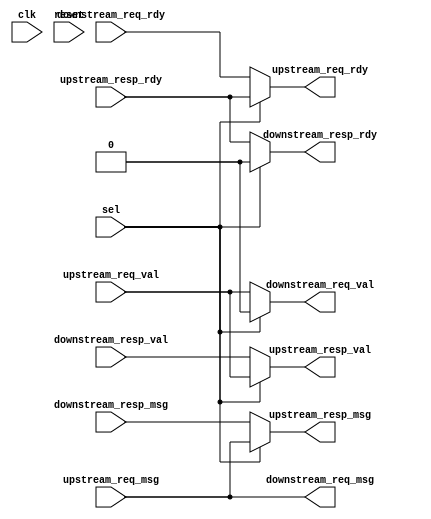
   //-------------------------------------------------------------------------
// grp_17_SPI_TapeOutBlockRTL_32bits_5entries.v
//-------------------------------------------------------------------------
// This file is generated by PyMTL SystemVerilog translation pass.

// PyMTL VerilogPlaceholder SPI_TapeOutBlockVRTL_sv2v Definition
// Full name: SPI_TapeOutBlockVRTL_sv2v_noparam
// At /home/cb535/vc/git-hub/cornell-ece5745/project-group17/sim/tapeout/SPI_TapeOutBlockRTL.py

//***********************************************************
// Pickled source file of placeholder SPI_TapeOutBlockVRTL_sv2v_noparam
//***********************************************************

//-----------------------------------------------------------
// Dependency of placeholder SPI_TapeOutBlockVRTL_sv2v
//-----------------------------------------------------------

// The source code below are included because they are specified
// as the v_libs Verilog placeholder option of component SPI_TapeOutBlockVRTL_sv2v_noparam.

// If you get a duplicated def error from files included below, please
// make sure they are included either through the v_libs option or the
// explicit `include statement in the Verilog source code -- if they
// appear in both then they will be included twice!


// End of all v_libs files for component SPI_TapeOutBlockVRTL_sv2v_noparam

`line 1 "tapeout/SPI_TapeOutBlockVRTL_sv2v.v" 0
module grp_17_SPI_v3_components_LoopThroughVRTL (
	clk,
	reset,
	sel,
	upstream_req_val,
	upstream_req_msg,
	upstream_req_rdy,
	upstream_resp_val,
	upstream_resp_msg,
	upstream_resp_rdy,
	downstream_req_val,
	downstream_req_msg,
	downstream_req_rdy,
	downstream_resp_val,
	downstream_resp_msg,
	downstream_resp_rdy
);
	parameter nbits = 32;
	input wire clk;
	input wire reset;
	input wire sel;
	input wire upstream_req_val;
	input wire [nbits - 1:0] upstream_req_msg;
	output wire upstream_req_rdy;
	output wire upstream_resp_val;
	output wire [nbits - 1:0] upstream_resp_msg;
	input wire upstream_resp_rdy;
	output wire downstream_req_val;
	output wire [nbits - 1:0] downstream_req_msg;
	input wire downstream_req_rdy;
	input wire downstream_resp_val;
	input wire [nbits - 1:0] downstream_resp_msg;
	output wire downstream_resp_rdy;
	assign upstream_resp_val = (sel ? upstream_req_val : downstream_resp_val);
	assign upstream_resp_msg = (sel ? upstream_req_msg : downstream_resp_msg);
	assign downstream_req_val = (sel ? 0 : upstream_req_val);
	assign downstream_req_msg = upstream_req_msg;
	assign upstream_req_rdy = (sel ? upstream_resp_rdy : downstream_req_rdy);
	assign downstream_resp_rdy = (sel ? 0 : upstream_resp_rdy);
endmodule
module grp_17_ShiftReg (
	clk,
	in_,
	load_data,
	load_en,
	out,
	reset,
	shift_en
);
	parameter nbits = 8;
	input wire clk;
	input wire in_;
	input wire [nbits - 1:0] load_data;
	input wire load_en;
	output reg [nbits - 1:0] out;
	input wire reset;
	input wire shift_en;
	always @(posedge clk)
		if (reset)
			out <= {nbits {1'b0}};
		else if (load_en)
			out <= load_data;
		else if (~load_en & shift_en)
			out <= {out[nbits - 2:0], in_};
endmodule
module grp_17_Synchronizer (
	clk,
	in_,
	negedge_,
	out,
	posedge_,
	reset
);
	parameter reset_value = 1'b0;
	input wire clk;
	input wire in_;
	output reg negedge_;
	output wire out;
	output reg posedge_;
	input wire reset;
	reg [2:0] shreg;
	always @(*) begin
		negedge_ = shreg[2] & ~shreg[1];
		posedge_ = ~shreg[2] & shreg[1];
	end
	always @(posedge clk)
		if (reset)
			shreg <= {3 {reset_value}};
		else
			shreg <= {shreg[1:0], in_};
	assign out = shreg[1];
endmodule
module grp_17_SPI_v3_components_SPIMinionVRTL (
	clk,
	cs,
	miso,
	mosi,
	reset,
	sclk,
	pull_en,
	pull_msg,
	push_en,
	push_msg,
	parity
);
	parameter nbits = 8;
	input wire clk;
	input wire cs;
	output wire miso;
	input wire mosi;
	input wire reset;
	input wire sclk;
	output wire pull_en;
	input wire [nbits - 1:0] pull_msg;
	output wire push_en;
	output wire [nbits - 1:0] push_msg;
	output wire parity;
	wire cs_sync_clk;
	wire cs_sync_in_;
	wire cs_sync_negedge_;
	wire cs_sync_out;
	wire cs_sync_posedge_;
	wire cs_sync_reset;
	grp_17_Synchronizer #(.reset_value(1'b1)) cs_sync(
		.clk(cs_sync_clk),
		.in_(cs_sync_in_),
		.negedge_(cs_sync_negedge_),
		.out(cs_sync_out),
		.posedge_(cs_sync_posedge_),
		.reset(cs_sync_reset)
	);
	wire mosi_sync_clk;
	wire mosi_sync_in_;
	wire mosi_sync_negedge_;
	wire mosi_sync_out;
	wire mosi_sync_posedge_;
	wire mosi_sync_reset;
	grp_17_Synchronizer #(.reset_value(1'b0)) mosi_sync(
		.clk(mosi_sync_clk),
		.in_(mosi_sync_in_),
		.negedge_(mosi_sync_negedge_),
		.out(mosi_sync_out),
		.posedge_(mosi_sync_posedge_),
		.reset(mosi_sync_reset)
	);
	wire sclk_sync_clk;
	wire sclk_sync_in_;
	wire sclk_sync_negedge_;
	wire sclk_sync_out;
	wire sclk_sync_posedge_;
	wire sclk_sync_reset;
	grp_17_Synchronizer #(.reset_value(1'b0)) sclk_sync(
		.clk(sclk_sync_clk),
		.in_(sclk_sync_in_),
		.negedge_(sclk_sync_negedge_),
		.out(sclk_sync_out),
		.posedge_(sclk_sync_posedge_),
		.reset(sclk_sync_reset)
	);
	wire shreg_in_clk;
	wire shreg_in_in_;
	wire [nbits - 1:0] shreg_in_load_data;
	wire shreg_in_load_en;
	wire [nbits - 1:0] shreg_in_out;
	wire shreg_in_reset;
	reg shreg_in_shift_en;
	grp_17_ShiftReg #(.nbits(nbits)) shreg_in(
		.clk(shreg_in_clk),
		.in_(shreg_in_in_),
		.load_data(shreg_in_load_data),
		.load_en(shreg_in_load_en),
		.out(shreg_in_out),
		.reset(shreg_in_reset),
		.shift_en(shreg_in_shift_en)
	);
	wire shreg_out_clk;
	wire shreg_out_in_;
	wire [nbits - 1:0] shreg_out_load_data;
	wire shreg_out_load_en;
	wire [nbits - 1:0] shreg_out_out;
	wire shreg_out_reset;
	reg shreg_out_shift_en;
	grp_17_ShiftReg #(.nbits(nbits)) shreg_out(
		.clk(shreg_out_clk),
		.in_(shreg_out_in_),
		.load_data(shreg_out_load_data),
		.load_en(shreg_out_load_en),
		.out(shreg_out_out),
		.reset(shreg_out_reset),
		.shift_en(shreg_out_shift_en)
	);
	always @(*) begin
		shreg_in_shift_en = ~cs_sync_out & sclk_sync_posedge_;
		shreg_out_shift_en = ~cs_sync_out & sclk_sync_negedge_;
	end
	assign cs_sync_clk = clk;
	assign cs_sync_reset = reset;
	assign cs_sync_in_ = cs;
	assign sclk_sync_clk = clk;
	assign sclk_sync_reset = reset;
	assign sclk_sync_in_ = sclk;
	assign mosi_sync_clk = clk;
	assign mosi_sync_reset = reset;
	assign mosi_sync_in_ = mosi;
	assign shreg_in_clk = clk;
	assign shreg_in_reset = reset;
	assign shreg_in_in_ = mosi_sync_out;
	assign shreg_in_load_en = 1'b0;
	assign shreg_in_load_data = {nbits {1'b0}};
	assign shreg_out_clk = clk;
	assign shreg_out_reset = reset;
	assign shreg_out_in_ = 1'b0;
	assign shreg_out_load_en = pull_en;
	assign shreg_out_load_data = pull_msg;
	assign miso = shreg_out_out[nbits - 1];
	assign pull_en = cs_sync_negedge_;
	assign push_en = cs_sync_posedge_;
	assign push_msg = shreg_in_out;
	assign parity = ^push_msg[nbits - 3:0] & push_en;
endmodule
module grp_17_vc_Reg (
	clk,
	q,
	d
);
	parameter p_nbits = 1;
	input wire clk;
	output reg [p_nbits - 1:0] q;
	input wire [p_nbits - 1:0] d;
	always @(posedge clk) q <= d;
endmodule
module grp_17_vc_ResetReg (
	clk,
	reset,
	q,
	d
);
	parameter p_nbits = 1;
	parameter p_reset_value = 0;
	input wire clk;
	input wire reset;
	output reg [p_nbits - 1:0] q;
	input wire [p_nbits - 1:0] d;
	always @(posedge clk) q <= (reset ? p_reset_value : d);
endmodule
module grp_17_vc_EnReg (
	clk,
	reset,
	q,
	d,
	en
);
	parameter p_nbits = 1;
	input wire clk;
	input wire reset;
	output reg [p_nbits - 1:0] q;
	input wire [p_nbits - 1:0] d;
	input wire en;
	always @(posedge clk)
		if (en)
			q <= d;
endmodule
module grp_17_vc_EnResetReg (
	clk,
	reset,
	q,
	d,
	en
);
	parameter p_nbits = 1;
	parameter p_reset_value = 0;
	input wire clk;
	input wire reset;
	output reg [p_nbits - 1:0] q;
	input wire [p_nbits - 1:0] d;
	input wire en;
	always @(posedge clk)
		if (reset || en)
			q <= (reset ? p_reset_value : d);
endmodule
module grp_17_vc_Mux2 (
	in0,
	in1,
	sel,
	out
);
	parameter p_nbits = 1;
	input wire [p_nbits - 1:0] in0;
	input wire [p_nbits - 1:0] in1;
	input wire sel;
	output reg [p_nbits - 1:0] out;
	always @(*)
		case (sel)
			1'd0: out = in0;
			1'd1: out = in1;
			default: out = {p_nbits {1'bx}};
		endcase
endmodule
module grp_17_vc_Mux3 (
	in0,
	in1,
	in2,
	sel,
	out
);
	parameter p_nbits = 1;
	input wire [p_nbits - 1:0] in0;
	input wire [p_nbits - 1:0] in1;
	input wire [p_nbits - 1:0] in2;
	input wire [1:0] sel;
	output reg [p_nbits - 1:0] out;
	always @(*)
		case (sel)
			2'd0: out = in0;
			2'd1: out = in1;
			2'd2: out = in2;
			default: out = {p_nbits {1'bx}};
		endcase
endmodule
module grp_17_vc_Mux4 (
	in0,
	in1,
	in2,
	in3,
	sel,
	out
);
	parameter p_nbits = 1;
	input wire [p_nbits - 1:0] in0;
	input wire [p_nbits - 1:0] in1;
	input wire [p_nbits - 1:0] in2;
	input wire [p_nbits - 1:0] in3;
	input wire [1:0] sel;
	output reg [p_nbits - 1:0] out;
	always @(*)
		case (sel)
			2'd0: out = in0;
			2'd1: out = in1;
			2'd2: out = in2;
			2'd3: out = in3;
			default: out = {p_nbits {1'bx}};
		endcase
endmodule
module grp_17_vc_Mux5 (
	in0,
	in1,
	in2,
	in3,
	in4,
	sel,
	out
);
	parameter p_nbits = 1;
	input wire [p_nbits - 1:0] in0;
	input wire [p_nbits - 1:0] in1;
	input wire [p_nbits - 1:0] in2;
	input wire [p_nbits - 1:0] in3;
	input wire [p_nbits - 1:0] in4;
	input wire [2:0] sel;
	output reg [p_nbits - 1:0] out;
	always @(*)
		case (sel)
			3'd0: out = in0;
			3'd1: out = in1;
			3'd2: out = in2;
			3'd3: out = in3;
			3'd4: out = in4;
			default: out = {p_nbits {1'bx}};
		endcase
endmodule
module grp_17_vc_Mux6 (
	in0,
	in1,
	in2,
	in3,
	in4,
	in5,
	sel,
	out
);
	parameter p_nbits = 1;
	input wire [p_nbits - 1:0] in0;
	input wire [p_nbits - 1:0] in1;
	input wire [p_nbits - 1:0] in2;
	input wire [p_nbits - 1:0] in3;
	input wire [p_nbits - 1:0] in4;
	input wire [p_nbits - 1:0] in5;
	input wire [2:0] sel;
	output reg [p_nbits - 1:0] out;
	always @(*)
		case (sel)
			3'd0: out = in0;
			3'd1: out = in1;
			3'd2: out = in2;
			3'd3: out = in3;
			3'd4: out = in4;
			3'd5: out = in5;
			default: out = {p_nbits {1'bx}};
		endcase
endmodule
module grp_17_vc_Mux7 (
	in0,
	in1,
	in2,
	in3,
	in4,
	in5,
	in6,
	sel,
	out
);
	parameter p_nbits = 1;
	input wire [p_nbits - 1:0] in0;
	input wire [p_nbits - 1:0] in1;
	input wire [p_nbits - 1:0] in2;
	input wire [p_nbits - 1:0] in3;
	input wire [p_nbits - 1:0] in4;
	input wire [p_nbits - 1:0] in5;
	input wire [p_nbits - 1:0] in6;
	input wire [2:0] sel;
	output reg [p_nbits - 1:0] out;
	always @(*)
		case (sel)
			3'd0: out = in0;
			3'd1: out = in1;
			3'd2: out = in2;
			3'd3: out = in3;
			3'd4: out = in4;
			3'd5: out = in5;
			3'd6: out = in6;
			default: out = {p_nbits {1'bx}};
		endcase
endmodule
module grp_17_vc_Mux8 (
	in0,
	in1,
	in2,
	in3,
	in4,
	in5,
	in6,
	in7,
	sel,
	out
);
	parameter p_nbits = 1;
	input wire [p_nbits - 1:0] in0;
	input wire [p_nbits - 1:0] in1;
	input wire [p_nbits - 1:0] in2;
	input wire [p_nbits - 1:0] in3;
	input wire [p_nbits - 1:0] in4;
	input wire [p_nbits - 1:0] in5;
	input wire [p_nbits - 1:0] in6;
	input wire [p_nbits - 1:0] in7;
	input wire [2:0] sel;
	output reg [p_nbits - 1:0] out;
	always @(*)
		case (sel)
			3'd0: out = in0;
			3'd1: out = in1;
			3'd2: out = in2;
			3'd3: out = in3;
			3'd4: out = in4;
			3'd5: out = in5;
			3'd6: out = in6;
			3'd7: out = in7;
			default: out = {p_nbits {1'bx}};
		endcase
endmodule
module grp_17_vc_Regfile_1r1w (
	clk,
	reset,
	read_addr,
	read_data,
	write_en,
	write_addr,
	write_data
);
	parameter p_data_nbits = 1;
	parameter p_num_entries = 2;
	parameter c_addr_nbits = $clog2(p_num_entries);
	input wire clk;
	input wire reset;
	input wire [c_addr_nbits - 1:0] read_addr;
	output wire [p_data_nbits - 1:0] read_data;
	input wire write_en;
	input wire [c_addr_nbits - 1:0] write_addr;
	input wire [p_data_nbits - 1:0] write_data;
	reg [p_data_nbits - 1:0] rfile [p_num_entries - 1:0];
	assign read_data = rfile[read_addr];
	always @(posedge clk)
		if (write_en)
			rfile[write_addr] <= write_data;
endmodule
module grp_17_vc_ResetRegfile_1r1w (
	clk,
	reset,
	read_addr,
	read_data,
	write_en,
	write_addr,
	write_data
);
	parameter p_data_nbits = 1;
	parameter p_num_entries = 2;
	parameter p_reset_value = 0;
	parameter c_addr_nbits = $clog2(p_num_entries);
	input wire clk;
	input wire reset;
	input wire [c_addr_nbits - 1:0] read_addr;
	output wire [p_data_nbits - 1:0] read_data;
	input wire write_en;
	input wire [c_addr_nbits - 1:0] write_addr;
	input wire [p_data_nbits - 1:0] write_data;
	reg [p_data_nbits - 1:0] rfile [p_num_entries - 1:0];
	assign read_data = rfile[read_addr];
	genvar i;
	generate
		for (i = 0; i < p_num_entries; i = i + 1) begin : wport
			always @(posedge clk)
				if (reset)
					rfile[i] <= p_reset_value;
				else if (write_en && (i[c_addr_nbits - 1:0] == write_addr))
					rfile[i] <= write_data;
		end
	endgenerate
endmodule
module grp_17_vc_Regfile_2r1w (
	clk,
	reset,
	read_addr0,
	read_data0,
	read_addr1,
	read_data1,
	write_en,
	write_addr,
	write_data
);
	parameter p_data_nbits = 1;
	parameter p_num_entries = 2;
	parameter c_addr_nbits = $clog2(p_num_entries);
	input wire clk;
	input wire reset;
	input wire [c_addr_nbits - 1:0] read_addr0;
	output wire [p_data_nbits - 1:0] read_data0;
	input wire [c_addr_nbits - 1:0] read_addr1;
	output wire [p_data_nbits - 1:0] read_data1;
	input wire write_en;
	input wire [c_addr_nbits - 1:0] write_addr;
	input wire [p_data_nbits - 1:0] write_data;
	reg [p_data_nbits - 1:0] rfile [p_num_entries - 1:0];
	assign read_data0 = rfile[read_addr0];
	assign read_data1 = rfile[read_addr1];
	always @(posedge clk)
		if (write_en)
			rfile[write_addr] <= write_data;
endmodule
module grp_17_vc_Regfile_2r2w (
	clk,
	reset,
	read_addr0,
	read_data0,
	read_addr1,
	read_data1,
	write_en0,
	write_addr0,
	write_data0,
	write_en1,
	write_addr1,
	write_data1
);
	parameter p_data_nbits = 1;
	parameter p_num_entries = 2;
	parameter c_addr_nbits = $clog2(p_num_entries);
	input wire clk;
	input wire reset;
	input wire [c_addr_nbits - 1:0] read_addr0;
	output wire [p_data_nbits - 1:0] read_data0;
	input wire [c_addr_nbits - 1:0] read_addr1;
	output wire [p_data_nbits - 1:0] read_data1;
	input wire write_en0;
	input wire [c_addr_nbits - 1:0] write_addr0;
	input wire [p_data_nbits - 1:0] write_data0;
	input wire write_en1;
	input wire [c_addr_nbits - 1:0] write_addr1;
	input wire [p_data_nbits - 1:0] write_data1;
	reg [p_data_nbits - 1:0] rfile [p_num_entries - 1:0];
	assign read_data0 = rfile[read_addr0];
	assign read_data1 = rfile[read_addr1];
	always @(posedge clk) begin
		if (write_en0)
			rfile[write_addr0] <= write_data0;
		if (write_en1)
			rfile[write_addr1] <= write_data1;
	end
endmodule
module grp_17_vc_Regfile_2r1w_zero (
	clk,
	reset,
	rd_addr0,
	rd_data0,
	rd_addr1,
	rd_data1,
	wr_en,
	wr_addr,
	wr_data
);
	input wire clk;
	input wire reset;
	input wire [4:0] rd_addr0;
	output wire [31:0] rd_data0;
	input wire [4:0] rd_addr1;
	output wire [31:0] rd_data1;
	input wire wr_en;
	input wire [4:0] wr_addr;
	input wire [31:0] wr_data;
	wire [31:0] rf_read_data0;
	wire [31:0] rf_read_data1;
	grp_17_vc_Regfile_2r1w #(
		.p_data_nbits(32),
		.p_num_entries(32)
	) rfile(
		.clk(clk),
		.reset(reset),
		.read_addr0(rd_addr0),
		.read_data0(rf_read_data0),
		.read_addr1(rd_addr1),
		.read_data1(rf_read_data1),
		.write_en(wr_en),
		.write_addr(wr_addr),
		.write_data(wr_data)
	);
	assign rd_data0 = (rd_addr0 == 5'd0 ? 32'd0 : rf_read_data0);
	assign rd_data1 = (rd_addr1 == 5'd0 ? 32'd0 : rf_read_data1);
endmodule
module grp_17_vc_QueueCtrl1 (
	clk,
	reset,
	recv_val,
	recv_rdy,
	send_val,
	send_rdy,
	write_en,
	bypass_mux_sel,
	num_free_entries
);
	parameter p_type = 4'b0000;
	input wire clk;
	input wire reset;
	input wire recv_val;
	output wire recv_rdy;
	output wire send_val;
	input wire send_rdy;
	output wire write_en;
	output wire bypass_mux_sel;
	output wire num_free_entries;
	reg full;
	wire full_next;
	always @(posedge clk) full <= (reset ? 1'b0 : full_next);
	assign num_free_entries = (full ? 1'b0 : 1'b1);
	localparam c_pipe_en = |(p_type & 4'b0001);
	localparam c_bypass_en = |(p_type & 4'b0010);
	wire do_enq;
	assign do_enq = recv_rdy && recv_val;
	wire do_deq;
	assign do_deq = send_rdy && send_val;
	wire empty;
	assign empty = ~full;
	wire do_pipe;
	assign do_pipe = ((c_pipe_en && full) && do_enq) && do_deq;
	wire do_bypass;
	assign do_bypass = ((c_bypass_en && empty) && do_enq) && do_deq;
	assign write_en = do_enq && ~do_bypass;
	assign bypass_mux_sel = empty;
	assign recv_rdy = ~full || ((c_pipe_en && full) && send_rdy);
	assign send_val = ~empty || ((c_bypass_en && empty) && recv_val);
	assign full_next = (do_deq && ~do_pipe ? 1'b0 : (do_enq && ~do_bypass ? 1'b1 : full));
endmodule
module grp_17_vc_QueueDpath1 (
	clk,
	reset,
	write_en,
	bypass_mux_sel,
	recv_msg,
	send_msg
);
	parameter p_type = 4'b0000;
	parameter p_msg_nbits = 1;
	input wire clk;
	input wire reset;
	input wire write_en;
	input wire bypass_mux_sel;
	input wire [p_msg_nbits - 1:0] recv_msg;
	output wire [p_msg_nbits - 1:0] send_msg;
	wire [p_msg_nbits - 1:0] qstore;
	grp_17_vc_EnReg #(.p_nbits(p_msg_nbits)) qstore_reg(
		.clk(clk),
		.reset(reset),
		.en(write_en),
		.d(recv_msg),
		.q(qstore)
	);
	generate
		if (|(p_type & 4'b0010)) begin : genblk1
			grp_17_vc_Mux2 #(.p_nbits(p_msg_nbits)) bypass_mux(
				.in0(qstore),
				.in1(recv_msg),
				.sel(bypass_mux_sel),
				.out(send_msg)
			);
		end
		else begin : genblk1
			assign send_msg = qstore;
		end
	endgenerate
endmodule
module grp_17_vc_QueueCtrl (
	clk,
	reset,
	recv_val,
	recv_rdy,
	send_val,
	send_rdy,
	write_en,
	write_addr,
	read_addr,
	bypass_mux_sel,
	num_free_entries
);
	parameter p_type = 4'b0000;
	parameter p_num_msgs = 2;
	parameter c_addr_nbits = $clog2(p_num_msgs);
	input wire clk;
	input wire reset;
	input wire recv_val;
	output wire recv_rdy;
	output wire send_val;
	input wire send_rdy;
	output wire write_en;
	output wire [c_addr_nbits - 1:0] write_addr;
	output wire [c_addr_nbits - 1:0] read_addr;
	output wire bypass_mux_sel;
	output wire [c_addr_nbits:0] num_free_entries;
	wire [c_addr_nbits - 1:0] enq_ptr;
	wire [c_addr_nbits - 1:0] enq_ptr_next;
	grp_17_vc_ResetReg #(.p_nbits(c_addr_nbits)) enq_ptr_reg(
		.clk(clk),
		.reset(reset),
		.d(enq_ptr_next),
		.q(enq_ptr)
	);
	wire [c_addr_nbits - 1:0] deq_ptr;
	wire [c_addr_nbits - 1:0] deq_ptr_next;
	grp_17_vc_ResetReg #(.p_nbits(c_addr_nbits)) deq_ptr_reg(
		.clk(clk),
		.reset(reset),
		.d(deq_ptr_next),
		.q(deq_ptr)
	);
	assign write_addr = enq_ptr;
	assign read_addr = deq_ptr;
	wire full;
	wire full_next;
	grp_17_vc_ResetReg #(.p_nbits(1)) full_reg(
		.clk(clk),
		.reset(reset),
		.d(full_next),
		.q(full)
	);
	localparam c_pipe_en = |(p_type & 4'b0001);
	localparam c_bypass_en = |(p_type & 4'b0010);
	wire do_enq;
	assign do_enq = recv_rdy && recv_val;
	wire do_deq;
	assign do_deq = send_rdy && send_val;
	wire empty;
	assign empty = ~full && (enq_ptr == deq_ptr);
	wire do_pipe;
	assign do_pipe = ((c_pipe_en && full) && do_enq) && do_deq;
	wire do_bypass;
	assign do_bypass = ((c_bypass_en && empty) && do_enq) && do_deq;
	assign write_en = do_enq && ~do_bypass;
	assign bypass_mux_sel = empty;
	assign recv_rdy = ~full || ((c_pipe_en && full) && send_rdy);
	assign send_val = ~empty || ((c_bypass_en && empty) && recv_val);
	wire [c_addr_nbits - 1:0] deq_ptr_plus1;
	assign deq_ptr_plus1 = deq_ptr + 1'b1;
	wire [c_addr_nbits - 1:0] deq_ptr_inc;
	assign deq_ptr_inc = (deq_ptr_plus1 == p_num_msgs ? {c_addr_nbits {1'b0}} : deq_ptr_plus1);
	wire [c_addr_nbits - 1:0] enq_ptr_plus1;
	assign enq_ptr_plus1 = enq_ptr + 1'b1;
	wire [c_addr_nbits - 1:0] enq_ptr_inc;
	assign enq_ptr_inc = (enq_ptr_plus1 == p_num_msgs ? {c_addr_nbits {1'b0}} : enq_ptr_plus1);
	assign deq_ptr_next = (do_deq && ~do_bypass ? deq_ptr_inc : deq_ptr);
	assign enq_ptr_next = (do_enq && ~do_bypass ? enq_ptr_inc : enq_ptr);
	assign full_next = ((do_enq && ~do_deq) && (enq_ptr_inc == deq_ptr) ? 1'b1 : ((do_deq && full) && ~do_pipe ? 1'b0 : full));
	assign num_free_entries = (full ? {c_addr_nbits + 1 {1'b0}} : (empty ? p_num_msgs[c_addr_nbits:0] : (enq_ptr > deq_ptr ? p_num_msgs[c_addr_nbits:0] - (enq_ptr - deq_ptr) : (deq_ptr > enq_ptr ? deq_ptr - enq_ptr : {c_addr_nbits + 1 {1'bx}}))));
endmodule
module grp_17_vc_QueueDpath (
	clk,
	reset,
	write_en,
	bypass_mux_sel,
	write_addr,
	read_addr,
	recv_msg,
	send_msg
);
	parameter p_type = 4'b0000;
	parameter p_msg_nbits = 4;
	parameter p_num_msgs = 2;
	parameter c_addr_nbits = $clog2(p_num_msgs);
	input wire clk;
	input wire reset;
	input wire write_en;
	input wire bypass_mux_sel;
	input wire [c_addr_nbits - 1:0] write_addr;
	input wire [c_addr_nbits - 1:0] read_addr;
	input wire [p_msg_nbits - 1:0] recv_msg;
	output wire [p_msg_nbits - 1:0] send_msg;
	wire [p_msg_nbits - 1:0] read_data;
	grp_17_vc_Regfile_1r1w #(
		.p_data_nbits(p_msg_nbits),
		.p_num_entries(p_num_msgs)
	) qstore(
		.clk(clk),
		.reset(reset),
		.read_addr(read_addr),
		.read_data(read_data),
		.write_en(write_en),
		.write_addr(write_addr),
		.write_data(recv_msg)
	);
	generate
		if (|(p_type & 4'b0010)) begin : genblk1
			grp_17_vc_Mux2 #(.p_nbits(p_msg_nbits)) bypass_mux(
				.in0(read_data),
				.in1(recv_msg),
				.sel(bypass_mux_sel),
				.out(send_msg)
			);
		end
		else begin : genblk1
			assign send_msg = read_data;
		end
	endgenerate
endmodule
module grp_17_vc_Queue (
	clk,
	reset,
	recv_val,
	recv_rdy,
	recv_msg,
	send_val,
	send_rdy,
	send_msg,
	num_free_entries
);
	parameter p_type = 4'b0000;
	parameter p_msg_nbits = 1;
	parameter p_num_msgs = 2;
	parameter c_addr_nbits = $clog2(p_num_msgs);
	input wire clk;
	input wire reset;
	input wire recv_val;
	output wire recv_rdy;
	input wire [p_msg_nbits - 1:0] recv_msg;
	output wire send_val;
	input wire send_rdy;
	output wire [p_msg_nbits - 1:0] send_msg;
	output wire [c_addr_nbits:0] num_free_entries;
	generate
		if (p_num_msgs == 1) begin : genblk1
			wire write_en;
			wire bypass_mux_sel;
			grp_17_vc_QueueCtrl1 #(.p_type(p_type)) ctrl(
				.clk(clk),
				.reset(reset),
				.recv_val(recv_val),
				.recv_rdy(recv_rdy),
				.send_val(send_val),
				.send_rdy(send_rdy),
				.write_en(write_en),
				.bypass_mux_sel(bypass_mux_sel),
				.num_free_entries(num_free_entries)
			);
			grp_17_vc_QueueDpath1 #(
				.p_type(p_type),
				.p_msg_nbits(p_msg_nbits)
			) dpath(
				.clk(clk),
				.reset(reset),
				.write_en(write_en),
				.bypass_mux_sel(bypass_mux_sel),
				.recv_msg(recv_msg),
				.send_msg(send_msg)
			);
		end
		else begin : genblk1
			wire write_en;
			wire bypass_mux_sel;
			wire [c_addr_nbits - 1:0] write_addr;
			wire [c_addr_nbits - 1:0] read_addr;
			grp_17_vc_QueueCtrl #(
				.p_type(p_type),
				.p_num_msgs(p_num_msgs)
			) ctrl(
				.clk(clk),
				.reset(reset),
				.recv_val(recv_val),
				.recv_rdy(recv_rdy),
				.send_val(send_val),
				.send_rdy(send_rdy),
				.write_en(write_en),
				.write_addr(write_addr),
				.read_addr(read_addr),
				.bypass_mux_sel(bypass_mux_sel),
				.num_free_entries(num_free_entries)
			);
			grp_17_vc_QueueDpath #(
				.p_type(p_type),
				.p_msg_nbits(p_msg_nbits),
				.p_num_msgs(p_num_msgs)
			) dpath(
				.clk(clk),
				.reset(reset),
				.write_en(write_en),
				.bypass_mux_sel(bypass_mux_sel),
				.write_addr(write_addr),
				.read_addr(read_addr),
				.recv_msg(recv_msg),
				.send_msg(send_msg)
			);
		end
	endgenerate
endmodule
module grp_17_SPI_v3_components_SPIMinionAdapterVRTL (
	clk,
	reset,
	pull_en,
	pull_msg_val,
	pull_msg_spc,
	pull_msg_data,
	push_en,
	push_msg_val_wrt,
	push_msg_val_rd,
	push_msg_data,
	recv_msg,
	recv_rdy,
	recv_val,
	send_msg,
	send_rdy,
	send_val,
	parity
);
	parameter nbits = 8;
	parameter num_entries = 1;
	input wire clk;
	input wire reset;
	input wire pull_en;
	output reg pull_msg_val;
	output reg pull_msg_spc;
	output reg [nbits - 3:0] pull_msg_data;
	input wire push_en;
	input wire push_msg_val_wrt;
	input wire push_msg_val_rd;
	input wire [nbits - 3:0] push_msg_data;
	input wire [nbits - 3:0] recv_msg;
	output wire recv_rdy;
	input wire recv_val;
	output wire [nbits - 3:0] send_msg;
	input wire send_rdy;
	output wire send_val;
	output wire parity;
	reg open_entries;
	wire [$clog2(num_entries):0] cm_q_num_free;
	wire [nbits - 3:0] cm_q_send_msg;
	reg cm_q_send_rdy;
	wire cm_q_send_val;
	grp_17_vc_Queue #(
		.p_type(4'b0000),
		.p_msg_nbits(nbits - 2),
		.p_num_msgs(num_entries)
	) cm_q(
		.clk(clk),
		.num_free_entries(cm_q_num_free),
		.reset(reset),
		.recv_msg(recv_msg),
		.recv_rdy(recv_rdy),
		.recv_val(recv_val),
		.send_msg(cm_q_send_msg),
		.send_rdy(cm_q_send_rdy),
		.send_val(cm_q_send_val)
	);
	wire [$clog2(num_entries):0] mc_q_num_free;
	wire mc_q_recv_rdy;
	reg mc_q_recv_val;
	grp_17_vc_Queue #(
		.p_type(4'b0000),
		.p_msg_nbits(nbits - 2),
		.p_num_msgs(num_entries)
	) mc_q(
		.clk(clk),
		.num_free_entries(mc_q_num_free),
		.reset(reset),
		.recv_msg(push_msg_data),
		.recv_rdy(mc_q_recv_rdy),
		.recv_val(mc_q_recv_val),
		.send_msg(send_msg),
		.send_rdy(send_rdy),
		.send_val(send_val)
	);
	assign parity = ^send_msg & send_val;
	always @(*) begin : comb_block
		open_entries = mc_q_num_free > 1;
		mc_q_recv_val = push_msg_val_wrt & push_en;
		pull_msg_spc = mc_q_recv_rdy & (~mc_q_recv_val | open_entries);
		cm_q_send_rdy = push_msg_val_rd & pull_en;
		pull_msg_val = cm_q_send_rdy & cm_q_send_val;
		pull_msg_data = cm_q_send_msg & {nbits - 2 {pull_msg_val}};
	end
endmodule
module grp_17_SPI_v3_components_SPIMinionAdapterCompositeVRTL (
	clk,
	cs,
	miso,
	mosi,
	reset,
	sclk,
	recv_msg,
	recv_rdy,
	recv_val,
	send_msg,
	send_rdy,
	send_val,
	minion_parity,
	adapter_parity
);
	parameter nbits = 8;
	parameter num_entries = 1;
	input wire clk;
	input wire cs;
	output wire miso;
	input wire mosi;
	input wire reset;
	input wire sclk;
	input wire [nbits - 3:0] recv_msg;
	output wire recv_rdy;
	input wire recv_val;
	output wire [nbits - 3:0] send_msg;
	input wire send_rdy;
	output wire send_val;
	output wire minion_parity;
	output wire adapter_parity;
	wire pull_en;
	wire pull_msg_val;
	wire pull_msg_spc;
	wire [nbits - 3:0] pull_msg_data;
	wire push_en;
	wire push_msg_val_wrt;
	wire push_msg_val_rd;
	wire [nbits - 3:0] push_msg_data;
	wire [nbits - 1:0] pull_msg;
	wire [nbits - 1:0] push_msg;
	grp_17_SPI_v3_components_SPIMinionAdapterVRTL #(
		.nbits(nbits),
		.num_entries(num_entries)
	) adapter(
		.clk(clk),
		.reset(reset),
		.pull_en(pull_en),
		.pull_msg_val(pull_msg_val),
		.pull_msg_spc(pull_msg_spc),
		.pull_msg_data(pull_msg_data),
		.push_en(push_en),
		.push_msg_val_wrt(push_msg_val_wrt),
		.push_msg_val_rd(push_msg_val_rd),
		.push_msg_data(push_msg_data),
		.recv_msg(recv_msg),
		.recv_rdy(recv_rdy),
		.recv_val(recv_val),
		.send_msg(send_msg),
		.send_rdy(send_rdy),
		.send_val(send_val),
		.parity(adapter_parity)
	);
	grp_17_SPI_v3_components_SPIMinionVRTL #(.nbits(nbits)) minion(
		.clk(clk),
		.cs(cs),
		.miso(miso),
		.mosi(mosi),
		.reset(reset),
		.sclk(sclk),
		.pull_en(pull_en),
		.pull_msg(pull_msg),
		.push_en(push_en),
		.push_msg(push_msg),
		.parity(minion_parity)
	);
	assign pull_msg[nbits - 1] = pull_msg_val;
	assign pull_msg[nbits - 2] = pull_msg_spc;
	assign pull_msg[nbits - 3:0] = pull_msg_data;
	assign push_msg_val_wrt = push_msg[nbits - 1];
	assign push_msg_val_rd = push_msg[nbits - 2];
	assign push_msg_data = push_msg[nbits - 3:0];
endmodule
module grp_17_SPI_v3_components_SPIstackVRTL (
	clk,
	reset,
	loopthrough_sel,
	minion_parity,
	adapter_parity,
	sclk,
	cs,
	mosi,
	miso,
	send_val,
	send_msg,
	send_rdy,
	recv_val,
	recv_msg,
	recv_rdy
);
	parameter nbits = 34;
	parameter num_entries = 1;
	input wire clk;
	input wire reset;
	input wire loopthrough_sel;
	output wire minion_parity;
	output wire adapter_parity;
	input wire sclk;
	input wire cs;
	input wire mosi;
	output wire miso;
	output wire send_val;
	output wire [nbits - 3:0] send_msg;
	input wire send_rdy;
	input wire recv_val;
	input wire [nbits - 3:0] recv_msg;
	output wire recv_rdy;
	wire minion_out_val;
	wire [nbits - 3:0] minion_out_msg;
	wire minion_out_rdy;
	wire minion_in_val;
	wire [nbits - 3:0] minion_in_msg;
	wire minion_in_rdy;
	grp_17_SPI_v3_components_SPIMinionAdapterCompositeVRTL #(
		.nbits(nbits),
		.num_entries(num_entries)
	) minion(
		.clk(clk),
		.reset(reset),
		.cs(cs),
		.miso(miso),
		.mosi(mosi),
		.sclk(sclk),
		.minion_parity(minion_parity),
		.adapter_parity(adapter_parity),
		.recv_val(minion_in_val),
		.recv_msg(minion_in_msg),
		.recv_rdy(minion_in_rdy),
		.send_val(minion_out_val),
		.send_msg(minion_out_msg),
		.send_rdy(minion_out_rdy)
	);
	grp_17_SPI_v3_components_LoopThroughVRTL #(.nbits(nbits - 2)) loopthrough(
		.clk(clk),
		.reset(reset),
		.sel(loopthrough_sel),
		.upstream_req_val(minion_out_val),
		.upstream_req_msg(minion_out_msg),
		.upstream_req_rdy(minion_out_rdy),
		.upstream_resp_val(minion_in_val),
		.upstream_resp_msg(minion_in_msg),
		.upstream_resp_rdy(minion_in_rdy),
		.downstream_req_val(send_val),
		.downstream_req_msg(send_msg),
		.downstream_req_rdy(send_rdy),
		.downstream_resp_val(recv_val),
		.downstream_resp_msg(recv_msg),
		.downstream_resp_rdy(recv_rdy)
	);
endmodule
module grp_17_MemoryEngine (
	clk,
	reset,
	recv_rdy,
	recv_val,
	recv_msg,
	send_rdy,
	send_val,
	send_msg
);
	parameter DATA_ENTRIES = 0;
	input clk;
	input reset;
	output wire recv_rdy;
	input wire recv_val;
	localparam FRAC_WIDTH = 8;
	localparam INT_WIDTH = 8;
	input [17:0] recv_msg;
	input wire send_rdy;
	output wire send_val;
	output wire [15:0] send_msg;
	wire [15:0] recv_msg_wrt_data;
	wire recv_msg_run;
	parameter MODE = 1;
	parameter RUN = 0;
	assign recv_msg_wrt_data = recv_msg[17:2];
	assign recv_msg_run = (recv_msg[1] && recv_msg[0]) && recv_val;
	reg [$clog2(DATA_ENTRIES) - 1:0] wrt_addr;
	always @(posedge clk)
		if (reset)
			wrt_addr <= 'b0;
		else if (recv_val && recv_rdy) begin
			if (recv_msg_run)
				wrt_addr <= 'b0;
			else
				wrt_addr <= wrt_addr + 1;
		end
		else
			wrt_addr <= wrt_addr;
	wire stop_output;
	wire counter_full;
	wire [15:0] data_temp;
	wire send_val_temp;
	assign send_msg = (send_val ? data_temp : 'b0);
	assign send_val = ~counter_full && send_val_temp;
	grp_17_regfile_ReadRegfileDpath #(
		.DATA_WIDTH(16),
		.DATA_ENTRIES(DATA_ENTRIES)
	) dpath(
		.clk(clk),
		.reset(reset),
		.wrt_en(recv_val && ~recv_msg[1]),
		.stop_output(stop_output),
		.send_rdy(send_rdy),
		.wrt_addr(wrt_addr),
		.wrt_data(recv_msg_wrt_data),
		.data(data_temp),
		.counter_full(counter_full)
	);
	grp_17_read_regfile_Cpath #(
		.DATA_WIDTH(16),
		.DATA_ENTRIES(DATA_ENTRIES)
	) cpath(
		.clk(clk),
		.reset(reset),
		.run(recv_msg_run),
		.counter_full(counter_full),
		.stop_output(stop_output),
		.send_val(send_val_temp),
		.recv_rdy(recv_rdy)
	);
endmodule
module grp_17_regfile_ReadRegfileDpath (
	clk,
	reset,
	wrt_en,
	stop_output,
	send_rdy,
	wrt_addr,
	wrt_data,
	data,
	counter_full
);
	parameter DATA_WIDTH = 0;
	parameter DATA_ENTRIES = 0;
	input wire clk;
	input wire reset;
	input wire wrt_en;
	input wire stop_output;
	input wire send_rdy;
	input wire [$clog2(DATA_ENTRIES) - 1:0] wrt_addr;
	input wire [DATA_WIDTH - 1:0] wrt_data;
	output wire [DATA_WIDTH - 1:0] data;
	output wire counter_full;
	reg [$clog2(DATA_ENTRIES):0] counter;
	grp_17_vc_Regfile_1r1w #(
		.p_data_nbits(DATA_WIDTH),
		.p_num_entries(DATA_ENTRIES)
	) regFile(
		.clk(clk),
		.reset(reset),
		.read_addr(counter[$clog2(DATA_ENTRIES) - 1:0]),
		.read_data(data),
		.write_en(wrt_en),
		.write_addr(wrt_addr),
		.write_data(wrt_data)
	);
	assign counter_full = counter == DATA_ENTRIES;
	always @(posedge clk)
		if (reset)
			counter <= 0;
		else if (send_rdy)
			counter <= (stop_output ? 'b0 : counter + 1);
		else
			counter <= (stop_output ? 'b0 : counter);
endmodule
module grp_17_read_regfile_Cpath (
	clk,
	reset,
	run,
	counter_full,
	stop_output,
	send_val,
	recv_rdy
);
	parameter DATA_WIDTH = 0;
	parameter DATA_ENTRIES = 0;
	input wire clk;
	input wire reset;
	input wire run;
	input wire counter_full;
	output reg stop_output;
	output reg send_val;
	output reg recv_rdy;
	reg [31:0] state_reg;
	reg [31:0] state_next;
	always @(posedge clk)
		if (reset)
			state_reg <= 32'd0;
		else
			state_reg <= state_next;
	always @(*) begin
		state_next = state_reg;
		stop_output = 'b1;
		send_val = 'b0;
		recv_rdy = 'b0;
		case (state_reg)
			32'd0: begin
				recv_rdy = 1'b1;
				if (run)
					state_next = 32'd1;
			end
			32'd1: begin
				send_val = 'b1;
				if (counter_full)
					state_next = 32'd0;
				else
					stop_output = 'b0;
			end
			default: state_next = 32'd0;
		endcase
	end
endmodule
module grp_17_MemoryEngineLat (
	clk,
	reset,
	recv_rdy,
	recv_val,
	recv_msg,
	send_rdy,
	send_val,
	send_msg
);
	parameter DATA_ENTRIES = 0;
	parameter DATA_LAT = 0;
	input clk;
	input reset;
	output wire recv_rdy;
	input wire recv_val;
	localparam FRAC_WIDTH = 8;
	localparam INT_WIDTH = 8;
	input [17:0] recv_msg;
	input wire send_rdy;
	output wire send_val;
	output wire [15:0] send_msg;
	wire [15:0] recv_msg_wrt_data;
	wire recv_msg_run;
	parameter MODE = 1;
	parameter RUN = 0;
	assign recv_msg_wrt_data = recv_msg[17:2];
	assign recv_msg_run = (recv_msg[1] && recv_msg[0]) && recv_val;
	reg [$clog2(DATA_ENTRIES) - 1:0] wrt_addr;
	wire stop_output;
	wire lat_en;
	wire counter_full;
	wire counter_lat_finish;
	always @(posedge clk)
		if (reset)
			wrt_addr <= 'b0;
		else if (recv_val && recv_rdy) begin
			if (recv_msg_run)
				wrt_addr <= 'b0;
			else
				wrt_addr <= wrt_addr + 1;
		end
		else
			wrt_addr <= wrt_addr;
	wire [15:0] data_temp;
	assign send_msg = (send_val ? data_temp : 'b0);
	grp_17_regfile_ReadRegfileLatDpath #(
		.DATA_WIDTH(16),
		.DATA_ENTRIES(DATA_ENTRIES),
		.DATA_LAT(DATA_LAT)
	) dpath(
		.clk(clk),
		.reset(reset),
		.wrt_en(recv_val && ~recv_msg[1]),
		.stop_output(stop_output),
		.send_rdy(send_rdy),
		.wrt_addr(wrt_addr),
		.wrt_data(recv_msg_wrt_data),
		.data(data_temp),
		.counter_full(counter_full),
		.counter_lat_finish(counter_lat_finish),
		.lat_en(lat_en)
	);
	grp_17_read_regfileLat_Cpath #(
		.DATA_WIDTH(16),
		.DATA_ENTRIES(DATA_ENTRIES)
	) cpath(
		.clk(clk),
		.reset(reset),
		.run(recv_msg_run),
		.counter_full(counter_full),
		.stop_output(stop_output),
		.counter_lat_finish(counter_lat_finish),
		.lat_en(lat_en),
		.send_val(send_val),
		.recv_rdy(recv_rdy)
	);
endmodule
module grp_17_regfile_ReadRegfileLatDpath (
	clk,
	reset,
	wrt_en,
	lat_en,
	stop_output,
	send_rdy,
	wrt_addr,
	wrt_data,
	data,
	counter_full,
	counter_lat_finish
);
	parameter DATA_WIDTH = 0;
	parameter DATA_ENTRIES = 0;
	parameter DATA_LAT = 0;
	input wire clk;
	input wire reset;
	input wire wrt_en;
	input wire lat_en;
	input wire stop_output;
	input wire send_rdy;
	input wire [$clog2(DATA_ENTRIES) - 1:0] wrt_addr;
	input wire [DATA_WIDTH - 1:0] wrt_data;
	output wire [DATA_WIDTH - 1:0] data;
	output wire counter_full;
	output wire counter_lat_finish;
	reg [$clog2(DATA_ENTRIES) - 1:0] counter;
	reg [$clog2(DATA_ENTRIES) - 1:0] counter_lat;
	grp_17_vc_Regfile_1r1w #(
		.p_data_nbits(DATA_WIDTH),
		.p_num_entries(DATA_ENTRIES)
	) regFile(
		.clk(clk),
		.reset(reset),
		.read_addr(counter),
		.read_data(data),
		.write_en(wrt_en),
		.write_addr(wrt_addr),
		.write_data(wrt_data)
	);
	assign counter_full = counter == (DATA_ENTRIES - 1);
	assign counter_lat_finish = counter_lat == DATA_LAT;
	always @(posedge clk)
		if (reset) begin
			counter <= 0;
			counter_lat <= 0;
		end
		else begin
			if (send_rdy)
				counter <= (stop_output ? 'b0 : counter + 1);
			else
				counter <= (stop_output ? 'b0 : counter);
			counter_lat <= (lat_en ? counter_lat + 1 : 'b0);
		end
endmodule
module grp_17_read_regfileLat_Cpath (
	clk,
	reset,
	run,
	counter_full,
	counter_lat_finish,
	lat_en,
	stop_output,
	send_val,
	recv_rdy
);
	parameter DATA_WIDTH = 0;
	parameter DATA_ENTRIES = 0;
	input wire clk;
	input wire reset;
	input wire run;
	input wire counter_full;
	input wire counter_lat_finish;
	output reg lat_en;
	output reg stop_output;
	output reg send_val;
	output reg recv_rdy;
	reg [31:0] state_reg;
	reg [31:0] state_next;
	always @(posedge clk)
		if (reset)
			state_reg <= 32'd0;
		else
			state_reg <= state_next;
	always @(*) begin
		state_next = state_reg;
		stop_output = 'b1;
		lat_en = 'b0;
		send_val = 'b0;
		recv_rdy = 'b0;
		case (state_reg)
			32'd0: begin
				recv_rdy = 'b1;
				if (run)
					state_next = 32'd2;
			end
			32'd2: begin
				lat_en = 'b1;
				if (counter_lat_finish)
					state_next = 32'd1;
			end
			32'd1: begin
				send_val = 'b1;
				if (counter_full)
					state_next = 32'd0;
				else
					stop_output = 'b0;
			end
			default: state_next = 32'd0;
		endcase
	end
endmodule
module grp_17_FixedMult (
	a,
	b,
	result
);
	parameter INT_WIDTH = 0;
	parameter FRAC_WIDTH = 0;
	input wire signed [(INT_WIDTH + FRAC_WIDTH) - 1:0] a;
	input wire signed [(INT_WIDTH + FRAC_WIDTH) - 1:0] b;
	output wire signed [(INT_WIDTH + FRAC_WIDTH) - 1:0] result;
	wire signed [(2 * (INT_WIDTH + FRAC_WIDTH)) - 1:0] partial;
	assign partial = a * b;
	assign result = partial[(INT_WIDTH + (2 * FRAC_WIDTH)) - 1:FRAC_WIDTH];
endmodule
module grp_17_Pe (
	reset,
	clk,
	a,
	b,
	shift_result,
	finished,
	pass_shift_result,
	reg_finished,
	reg_pass_down,
	reg_pass_right
);
	parameter INT_WIDTH = 0;
	parameter FRAC_WIDTH = 0;
	input wire reset;
	input wire clk;
	input wire [(INT_WIDTH + FRAC_WIDTH) - 1:0] a;
	input wire [(INT_WIDTH + FRAC_WIDTH) - 1:0] b;
	input wire shift_result;
	input wire finished;
	output wire pass_shift_result;
	output reg reg_finished;
	output reg [(INT_WIDTH + FRAC_WIDTH) - 1:0] reg_pass_down;
	output reg [(INT_WIDTH + FRAC_WIDTH) - 1:0] reg_pass_right;
	assign pass_shift_result = shift_result;
	reg [(INT_WIDTH + FRAC_WIDTH) - 1:0] reg_output;
	wire [(INT_WIDTH + FRAC_WIDTH) - 1:0] fixed_mult_result;
	grp_17_FixedMult #(
		.INT_WIDTH(INT_WIDTH),
		.FRAC_WIDTH(FRAC_WIDTH)
	) fixed_mult(
		.a(a),
		.b(b),
		.result(fixed_mult_result)
	);
	wire [(INT_WIDTH + FRAC_WIDTH) - 1:0] sum_result;
	assign sum_result = reg_output + fixed_mult_result;
	wire [(INT_WIDTH + FRAC_WIDTH) - 1:0] reg_pass_down_in;
	wire [(INT_WIDTH + FRAC_WIDTH) - 1:0] reg_pass_right_in;
	wire [(INT_WIDTH + FRAC_WIDTH) - 1:0] reg_output_in;
	assign reg_pass_down_in = (shift_result ? reg_output : a);
	assign reg_pass_right_in = (shift_result ? reg_pass_right : b);
	assign reg_output_in = (shift_result ? 0 : (reg_finished ? reg_output : sum_result));
	always @(posedge clk)
		if (reset) begin
			reg_pass_down <= 0;
			reg_pass_right <= 0;
			reg_output <= 0;
			reg_finished <= 0;
		end
		else begin
			reg_finished <= finished;
			reg_output <= reg_output_in;
			reg_pass_down <= reg_pass_down_in;
			reg_pass_right <= reg_pass_right_in;
		end
endmodule
module grp_17_SystolicMultControl (
	clk,
	reset,
	run,
	final_run,
	shift_result,
	finished,
	val,
	ready,
	produce_run
);
	parameter SYSTOLIC_SIZE = 0;
	parameter SYSTOLIC_STEP_SIZE = 0;
	input wire clk;
	input wire reset;
	input wire run;
	input wire final_run;
	output reg shift_result;
	output reg finished;
	output reg val;
	output reg ready;
	output reg produce_run;
	reg [$clog2(SYSTOLIC_STEP_SIZE * 2) - 1:0] count;
	reg count_start;
	always @(posedge clk)
		if (reset)
			count <= 'b0;
		else
			count <= (count_start ? count + 1'b1 : 0);
	reg [31:0] current_state;
	reg [31:0] next_state;
	wire run_done;
	assign run_done = (count == (SYSTOLIC_STEP_SIZE - 2)) && (current_state == 32'd1);
	wire finish_done;
	assign finish_done = (count == ((SYSTOLIC_STEP_SIZE - 2) + SYSTOLIC_SIZE)) && (current_state == 32'd3);
	always @(posedge clk)
		if (reset)
			current_state <= 32'd0;
		else
			current_state <= next_state;
	always @(*) begin
		next_state = current_state;
		shift_result = 'b0;
		finished = 'b0;
		count_start = 'b0;
		ready = 'b0;
		val = 'b0;
		produce_run = 'b0;
		case (current_state)
			32'd0: begin
				if (run)
					if (final_run)
						next_state = 32'd1;
					else
						next_state = 32'd2;
				ready = 'b1;
				shift_result = 'b1;
			end
			32'd2: begin
				ready = 'b1;
				if (final_run)
					next_state = 32'd1;
			end
			32'd1: begin
				if (run_done)
					next_state = 32'd3;
				count_start = 'b1;
			end
			32'd3: begin
				if (finish_done)
					next_state = 32'd4;
				finished = 'b1;
				count_start = 'b1;
			end
			32'd4: next_state = 32'd5;
			32'd5: begin
				next_state = 32'd6;
				shift_result = 1'b1;
			end
			32'd6: begin
				next_state = 32'd7;
				val = 'b1;
			end
			32'd7: begin
				next_state = 32'd8;
				val = 'b1;
			end
			32'd8: begin
				next_state = 32'd0;
				produce_run = 'b1;
			end
			default: next_state = 32'd0;
		endcase
	end
endmodule
module grp_17_SystolicMult (
	reset,
	clk,
	recv_msg,
	recv_val,
	recv_rdy,
	send_msg,
	send_val,
	send_rdy,
	produce_run
);
	parameter INT_WIDTH = 0;
	parameter FRAC_WIDTH = 0;
	parameter SYSTOLIC_SIZE = 0;
	parameter SYSTOLIC_STEP_SIZE = 0;
	input wire reset;
	input wire clk;
	input wire [((INT_WIDTH + FRAC_WIDTH) * 4) + 2:0] recv_msg;
	input wire recv_val;
	output wire recv_rdy;
	output wire [((INT_WIDTH + FRAC_WIDTH) * 2) - 1:0] send_msg;
	output wire send_val;
	input wire send_rdy;
	output wire produce_run;
	wire finished;
	wire shift_result;
	grp_17_SystolicMultControl #(
		.SYSTOLIC_SIZE(SYSTOLIC_SIZE),
		.SYSTOLIC_STEP_SIZE(SYSTOLIC_STEP_SIZE)
	) systolicMultControl(
		.clk(clk),
		.reset(reset),
		.run(recv_msg[1]),
		.final_run(recv_msg[0]),
		.shift_result(shift_result),
		.finished(finished),
		.val(send_val),
		.ready(recv_rdy),
		.produce_run(produce_run)
	);
	parameter NUM_INTERCONNECT_1D = (SYSTOLIC_SIZE - 1) * SYSTOLIC_SIZE;
	wire [(INT_WIDTH + FRAC_WIDTH) - 1:0] pass_a_0;
	wire [(INT_WIDTH + FRAC_WIDTH) - 1:0] pass_b_0;
	wire [(INT_WIDTH + FRAC_WIDTH) - 1:0] pass_a_1;
	wire [(INT_WIDTH + FRAC_WIDTH) - 1:0] pass_b_1;
	wire [SYSTOLIC_SIZE - 1:0] pass_shift_result;
	wire [SYSTOLIC_SIZE - 1:0] reg_finished;
	grp_17_Pe #(
		.INT_WIDTH(INT_WIDTH),
		.FRAC_WIDTH(FRAC_WIDTH)
	) pe0(
		.clk(clk),
		.reset(reset),
		.a(recv_msg[((INT_WIDTH + FRAC_WIDTH) * 2) + 2:((INT_WIDTH + FRAC_WIDTH) * 1) + 3]),
		.b(recv_msg[((INT_WIDTH + FRAC_WIDTH) * 4) + 2:((INT_WIDTH + FRAC_WIDTH) * 3) + 3]),
		.shift_result(shift_result),
		.finished(finished),
		.pass_shift_result(pass_shift_result[0]),
		.reg_finished(reg_finished[0]),
		.reg_pass_down(pass_a_0),
		.reg_pass_right(pass_b_0)
	);
	wire [(INT_WIDTH + FRAC_WIDTH) - 1:0] pe1_reg_pass_right;
	grp_17_Pe #(
		.INT_WIDTH(INT_WIDTH),
		.FRAC_WIDTH(FRAC_WIDTH)
	) pe1(
		.clk(clk),
		.reset(reset),
		.a(recv_msg[((INT_WIDTH + FRAC_WIDTH) * 1) + 2:3]),
		.b(pass_b_0),
		.shift_result(pass_shift_result[0]),
		.finished(reg_finished[0]),
		.pass_shift_result(pass_shift_result[1]),
		.reg_finished(reg_finished[1]),
		.reg_pass_down(pass_a_1),
		.reg_pass_right(pe1_reg_pass_right)
	);
	wire pe2_pass_shift_result;
	wire pe2_reg_finished;
	grp_17_Pe #(
		.INT_WIDTH(INT_WIDTH),
		.FRAC_WIDTH(FRAC_WIDTH)
	) pe2(
		.clk(clk),
		.reset(reset),
		.a(pass_a_0),
		.b(recv_msg[((INT_WIDTH + FRAC_WIDTH) * 3) + 2:((INT_WIDTH + FRAC_WIDTH) * 2) + 3]),
		.shift_result(pass_shift_result[0]),
		.finished(reg_finished[0]),
		.pass_shift_result(pe2_pass_shift_result),
		.reg_finished(pe2_reg_finished),
		.reg_pass_down(send_msg[((INT_WIDTH + FRAC_WIDTH) * 2) - 1:INT_WIDTH + FRAC_WIDTH]),
		.reg_pass_right(pass_b_1)
	);
	wire pe3_pass_shift_result;
	wire pe3_reg_finished;
	wire [(INT_WIDTH + FRAC_WIDTH) - 1:0] pe3_reg_pass_right;
	grp_17_Pe #(
		.INT_WIDTH(INT_WIDTH),
		.FRAC_WIDTH(FRAC_WIDTH)
	) pe3(
		.clk(clk),
		.reset(reset),
		.a(pass_a_1),
		.b(pass_b_1),
		.shift_result(pass_shift_result[1]),
		.finished(reg_finished[1]),
		.pass_shift_result(pe3_pass_shift_result),
		.reg_finished(pe3_reg_finished),
		.reg_pass_down(send_msg[(INT_WIDTH + FRAC_WIDTH) - 1:0]),
		.reg_pass_right(pe3_reg_pass_right)
	);
endmodule
module grp_17_Wrapper (
	clk,
	reset,
	send_rdy,
	send_val,
	send_msg,
	recv_val,
	recv_rdy,
	recv_msg
);
	parameter DATA_ENTRIES = 0;
	parameter DATA_LAT = 0;
	parameter INT_WIDTH = 0;
	parameter FRAC_WIDTH = 0;
	parameter SYSTOLIC_SIZE = 0;
	parameter SYSTOLIC_STEP_SIZE = 0;
	input clk;
	input reset;
	input wire send_rdy;
	output wire send_val;
	output wire [((INT_WIDTH + FRAC_WIDTH) * 2) - 1:0] send_msg;
	input wire recv_val;
	output wire recv_rdy;
	input [(INT_WIDTH + FRAC_WIDTH) + 6:0] recv_msg;
	wire [((INT_WIDTH + FRAC_WIDTH) * 4) + 2:0] systolic_mult_0_recv_msg;
	wire [((INT_WIDTH + FRAC_WIDTH) * 2) - 1:0] systolic_mult_0_send_msg;
	wire systolic_mult_0_send_val;
	wire systolic_mult_0_send_rdy;
	wire systolic_mult_0_recv_val;
	wire systolic_mult_0_recv_rdy;
	wire [(INT_WIDTH + FRAC_WIDTH) + 1:0] memory_engine_in_0_recv_msg;
	wire [(INT_WIDTH + FRAC_WIDTH) + 1:0] memory_engine_in_1_recv_msg;
	wire [(INT_WIDTH + FRAC_WIDTH) + 1:0] memory_engine_in_2_recv_msg;
	wire [(INT_WIDTH + FRAC_WIDTH) + 1:0] memory_engine_in_3_recv_msg;
	wire [(INT_WIDTH + FRAC_WIDTH) - 1:0] memory_engine_in_0_send_msg;
	wire [(INT_WIDTH + FRAC_WIDTH) - 1:0] memory_engine_in_1_send_msg;
	wire [(INT_WIDTH + FRAC_WIDTH) - 1:0] memory_engine_in_2_send_msg;
	wire [(INT_WIDTH + FRAC_WIDTH) - 1:0] memory_engine_in_3_send_msg;
	wire memory_engine_in_0_send_val;
	wire memory_engine_in_1_send_val;
	wire memory_engine_in_2_send_val;
	wire memory_engine_in_3_send_val;
	wire memory_engine_in_0_send_rdy;
	wire memory_engine_in_1_send_rdy;
	wire memory_engine_in_2_send_rdy;
	wire memory_engine_in_3_send_rdy;
	wire memory_engine_in_0_recv_val;
	wire memory_engine_in_1_recv_val;
	wire memory_engine_in_2_recv_val;
	wire memory_engine_in_3_recv_val;
	wire memory_engine_in_0_recv_rdy;
	wire memory_engine_in_1_recv_rdy;
	wire memory_engine_in_2_recv_rdy;
	wire memory_engine_in_3_recv_rdy;
	wire [(INT_WIDTH + FRAC_WIDTH) + 1:0] memory_engine_out_0_recv_msg;
	wire [(INT_WIDTH + FRAC_WIDTH) - 1:0] memory_engine_out_0_send_msg;
	wire [(INT_WIDTH + FRAC_WIDTH) + 1:0] memory_engine_out_1_recv_msg;
	wire [(INT_WIDTH + FRAC_WIDTH) - 1:0] memory_engine_out_1_send_msg;
	wire memory_engine_out_0_send_val;
	wire memory_engine_out_1_send_val;
	wire memory_engine_out_0_send_rdy;
	wire memory_engine_out_1_send_rdy;
	wire memory_engine_out_0_recv_val;
	wire memory_engine_out_1_recv_val;
	wire memory_engine_out_0_recv_rdy;
	wire memory_engine_out_1_recv_rdy;
	assign send_val = memory_engine_out_0_send_val && memory_engine_out_1_send_val;
	assign recv_rdy = systolic_mult_0_recv_rdy && memory_engine_in_3_recv_rdy;
	assign send_msg[((INT_WIDTH + FRAC_WIDTH) * 2) - 1:(INT_WIDTH + FRAC_WIDTH) * 1] = memory_engine_out_0_send_msg;
	assign send_msg[((INT_WIDTH + FRAC_WIDTH) * 1) - 1:0] = memory_engine_out_1_send_msg;
	assign memory_engine_in_0_recv_msg[(INT_WIDTH + FRAC_WIDTH) + 1:2] = recv_msg[(INT_WIDTH + FRAC_WIDTH) + 6:7];
	assign memory_engine_in_0_recv_msg[1] = recv_msg[2];
	assign memory_engine_in_0_recv_msg[0] = recv_msg[1];
	wire memoryEngine_a_recv_rdy;
	wire memoryEngine_a_send_val;
	grp_17_MemoryEngine #(.DATA_ENTRIES(DATA_ENTRIES)) memoryEngine_a(
		.clk(clk),
		.reset(reset),
		.recv_rdy(memoryEngine_a_recv_rdy),
		.recv_val((recv_val && recv_msg[3]) && recv_rdy),
		.recv_msg(memory_engine_in_0_recv_msg),
		.send_rdy(1'b1),
		.send_val(memoryEngine_a_send_val),
		.send_msg(memory_engine_in_0_send_msg)
	);
	assign memory_engine_in_1_recv_msg[(INT_WIDTH + FRAC_WIDTH) + 1:2] = recv_msg[(INT_WIDTH + FRAC_WIDTH) + 6:7];
	assign memory_engine_in_1_recv_msg[1] = recv_msg[2];
	assign memory_engine_in_1_recv_msg[0] = recv_msg[1];
	wire memoryEngineLat_a_recv_rdy;
	wire memoryEngineLat_a_send_val;
	grp_17_MemoryEngineLat #(
		.DATA_ENTRIES(DATA_ENTRIES),
		.DATA_LAT(DATA_LAT)
	) memoryEngineLat_a(
		.clk(clk),
		.reset(reset),
		.recv_rdy(memoryEngineLat_a_recv_rdy),
		.recv_val((recv_val && recv_msg[4]) && recv_rdy),
		.recv_msg(memory_engine_in_1_recv_msg),
		.send_rdy(1'b1),
		.send_val(memoryEngineLat_a_send_val),
		.send_msg(memory_engine_in_1_send_msg)
	);
	assign memory_engine_in_2_recv_msg[(INT_WIDTH + FRAC_WIDTH) + 1:2] = recv_msg[(INT_WIDTH + FRAC_WIDTH) + 6:7];
	assign memory_engine_in_2_recv_msg[1] = recv_msg[2];
	assign memory_engine_in_2_recv_msg[0] = recv_msg[1];
	wire memoryEngine_b_recv_rdy;
	wire memoryEngine_b_send_val;
	grp_17_MemoryEngine #(.DATA_ENTRIES(DATA_ENTRIES)) memoryEngine_b(
		.clk(clk),
		.reset(reset),
		.recv_rdy(memoryEngine_b_recv_rdy),
		.recv_val((recv_val && recv_msg[5]) && recv_rdy),
		.recv_msg(memory_engine_in_2_recv_msg),
		.send_rdy(1'b1),
		.send_val(memoryEngine_b_send_val),
		.send_msg(memory_engine_in_2_send_msg)
	);
	assign memory_engine_in_3_recv_msg[(INT_WIDTH + FRAC_WIDTH) + 1:2] = recv_msg[(INT_WIDTH + FRAC_WIDTH) + 6:7];
	assign memory_engine_in_3_recv_msg[1] = recv_msg[2];
	assign memory_engine_in_3_recv_msg[0] = recv_msg[1];
	wire memoryEngineLat_b_send_val;
	grp_17_MemoryEngineLat #(
		.DATA_ENTRIES(DATA_ENTRIES),
		.DATA_LAT(DATA_LAT)
	) memoryEngineLat_b(
		.clk(clk),
		.reset(reset),
		.recv_rdy(memory_engine_in_3_recv_rdy),
		.recv_val((recv_val && recv_msg[6]) && recv_rdy),
		.recv_msg(memory_engine_in_3_recv_msg),
		.send_rdy(1'b1),
		.send_val(memoryEngineLat_b_send_val),
		.send_msg(memory_engine_in_3_send_msg)
	);
	wire produce_run;
	assign systolic_mult_0_recv_msg[((INT_WIDTH + FRAC_WIDTH) * 4) + 2:((INT_WIDTH + FRAC_WIDTH) * 3) + 3] = memory_engine_in_0_send_msg;
	assign systolic_mult_0_recv_msg[((INT_WIDTH + FRAC_WIDTH) * 3) + 2:((INT_WIDTH + FRAC_WIDTH) * 2) + 3] = memory_engine_in_1_send_msg;
	assign systolic_mult_0_recv_msg[((INT_WIDTH + FRAC_WIDTH) * 2) + 2:((INT_WIDTH + FRAC_WIDTH) * 1) + 3] = memory_engine_in_2_send_msg;
	assign systolic_mult_0_recv_msg[((INT_WIDTH + FRAC_WIDTH) * 1) + 2:3] = memory_engine_in_3_send_msg;
	assign systolic_mult_0_recv_msg[2] = recv_msg[2];
	assign systolic_mult_0_recv_msg[1] = recv_msg[1];
	assign systolic_mult_0_recv_msg[0] = recv_msg[0];
	wire systolicMult_recv_val;
	wire systolicMult_send_rdy;
	grp_17_SystolicMult #(
		.INT_WIDTH(INT_WIDTH),
		.FRAC_WIDTH(FRAC_WIDTH),
		.SYSTOLIC_SIZE(SYSTOLIC_SIZE),
		.SYSTOLIC_STEP_SIZE(SYSTOLIC_STEP_SIZE)
	) systolicMult(
		.reset(reset),
		.clk(clk),
		.recv_msg(systolic_mult_0_recv_msg),
		.recv_rdy(systolic_mult_0_recv_rdy),
		.recv_val(systolicMult_recv_val),
		.send_msg(systolic_mult_0_send_msg),
		.produce_run(produce_run),
		.send_val(systolic_mult_0_send_val),
		.send_rdy(systolicMult_send_rdy)
	);
	assign memory_engine_out_0_recv_msg[(INT_WIDTH + FRAC_WIDTH) + 1:2] = systolic_mult_0_send_msg[((INT_WIDTH + FRAC_WIDTH) * 2) - 1:INT_WIDTH + FRAC_WIDTH];
	assign memory_engine_out_0_recv_msg[1] = produce_run;
	assign memory_engine_out_0_recv_msg[0] = produce_run;
	assign memory_engine_out_0_send_rdy = send_rdy;
	wire memoryEngineOut0_recv_rdy;
	grp_17_MemoryEngine #(.DATA_ENTRIES(2)) memoryEngineOut0(
		.clk(clk),
		.reset(reset),
		.recv_rdy(memoryEngineOut0_recv_rdy),
		.recv_val(systolic_mult_0_send_val || produce_run),
		.recv_msg(memory_engine_out_0_recv_msg),
		.send_rdy(memory_engine_out_0_send_rdy),
		.send_val(memory_engine_out_0_send_val),
		.send_msg(memory_engine_out_0_send_msg)
	);
	assign memory_engine_out_1_recv_msg[(INT_WIDTH + FRAC_WIDTH) + 1:2] = systolic_mult_0_send_msg[((INT_WIDTH + FRAC_WIDTH) * 1) - 1:0];
	assign memory_engine_out_1_recv_msg[1] = produce_run;
	assign memory_engine_out_1_recv_msg[0] = produce_run;
	assign memory_engine_out_1_send_rdy = send_rdy;
	wire memoryEngineOut1_recv_rdy;
	grp_17_MemoryEngine #(.DATA_ENTRIES(2)) memoryEngineOut1(
		.clk(clk),
		.reset(reset),
		.recv_rdy(memoryEngineOut1_recv_rdy),
		.recv_val(systolic_mult_0_send_val || produce_run),
		.recv_msg(memory_engine_out_1_recv_msg),
		.send_rdy(memory_engine_out_1_send_rdy),
		.send_val(memory_engine_out_1_send_val),
		.send_msg(memory_engine_out_1_send_msg)
	);
endmodule
module grp_17_tapeout_block_test_WrapperVRTL (
	clk,
	reset,
	send_rdy,
	send_val,
	send_msg,
	recv_val,
	recv_rdy,
	recv_msg
);
	input clk;
	input reset;
	input wire send_rdy;
	output wire send_val;
	localparam FRAC_WIDTH = 8;
	localparam INT_WIDTH = 8;
	output wire [31:0] send_msg;
	input wire recv_val;
	output wire recv_rdy;
	input [31:0] recv_msg;
	localparam DATA_ENTRIES = 2;
	localparam DATA_LAT = 0;
	localparam SYSTOLIC_SIZE = 2;
	localparam SYSTOLIC_STEP_SIZE = DATA_ENTRIES;
	grp_17_Wrapper #(
		.DATA_ENTRIES(DATA_ENTRIES),
		.DATA_LAT(DATA_LAT),
		.INT_WIDTH(INT_WIDTH),
		.FRAC_WIDTH(FRAC_WIDTH),
		.SYSTOLIC_SIZE(SYSTOLIC_SIZE),
		.SYSTOLIC_STEP_SIZE(SYSTOLIC_STEP_SIZE)
	) wrapper(
		.clk(clk),
		.reset(reset),
		.send_rdy(send_rdy),
		.send_val(send_val),
		.send_msg(send_msg),
		.recv_val(recv_val),
		.recv_rdy(recv_rdy),
		.recv_msg(recv_msg[22:0])
	);
endmodule
module grp_17_tapeout_SPI_TapeOutBlockVRTL (
	clk,
	reset,
	loopthrough_sel,
	minion_parity,
	adapter_parity,
	sclk,
	cs,
	mosi,
	miso
);
	parameter nbits = 34;
	parameter num_entries = 5;
	input wire clk;
	input wire reset;
	input wire loopthrough_sel;
	output wire minion_parity;
	output wire adapter_parity;
	input wire sclk;
	input wire cs;
	input wire mosi;
	output wire miso;
	reg reset_presync;
	reg reset_sync;
	always @(posedge clk) begin
		reset_presync <= reset;
		reset_sync <= reset_presync;
	end
	parameter packet_nbits = nbits - 2;
	wire send_val;
	wire [packet_nbits - 1:0] send_msg;
	wire send_rdy;
	wire recv_val;
	wire [packet_nbits - 1:0] recv_msg;
	wire recv_rdy;
	grp_17_SPI_v3_components_SPIstackVRTL #(
		.nbits(nbits),
		.num_entries(num_entries)
	) SPIstack(
		.clk(clk),
		.reset(reset_sync),
		.loopthrough_sel(loopthrough_sel),
		.minion_parity(minion_parity),
		.adapter_parity(adapter_parity),
		.sclk(sclk),
		.cs(cs),
		.mosi(mosi),
		.miso(miso),
		.send_val(send_val),
		.send_msg(send_msg),
		.send_rdy(send_rdy),
		.recv_val(recv_val),
		.recv_msg(recv_msg),
		.recv_rdy(recv_rdy)
	);
	grp_17_tapeout_block_test_WrapperVRTL SystolicMult_SPI_Test(
		.clk(clk),
		.reset(reset_sync),
		.send_val(recv_val),
		.send_msg(recv_msg),
		.send_rdy(recv_rdy),
		.recv_val(send_val),
		.recv_msg((send_val ? send_msg : 23'b00000000000000000000000)),
		.recv_rdy(send_rdy)
	);
endmodule

module grp_17_tapeout_SPI_TapeOutBlockVRTL_sv2v (
  output adapter_parity,
  input  clk,
  input  loopthrough_sel,
  output minion_parity,
  input  reset,
  input  spi_min_cs,
  output spi_min_miso,
  input  spi_min_mosi,
  input  spi_min_sclk
);
grp_17_tapeout_SPI_TapeOutBlockVRTL #(
  .nbits(34),
  .num_entries(5)
) v(
  .adapter_parity(adapter_parity),
  .clk(clk),
  .loopthrough_sel(loopthrough_sel),
  .minion_parity(minion_parity),
  .reset(reset),
  .cs(spi_min_cs),
  .miso(spi_min_miso),
  .mosi(spi_min_mosi),
  .sclk(spi_min_sclk)
);
endmodule

//-----------------------------------------------------------
// grp_17_Wrapper of placeholder SPI_TapeOutBlockVRTL_sv2v_noparam
//-----------------------------------------------------------

module grp_17_SPI_TapeOutBlockRTL_32bits_5entries
(
`ifdef USE_POWER_PINS
  inout vccd1, // User area 1 1.8V supply
  inout vssd1, // User area 1 digital ground
`endif
  output adapter_parity ,
  input  clk ,
  input  loopthrough_sel ,
  output minion_parity ,
  input  reset ,
  input  spi_min_cs ,
  output spi_min_miso ,
  input  spi_min_mosi ,
  input  spi_min_sclk ,

  output clk_en,
  output reset_en,
  output lt_sel_en,
  output mp_en,
  output ap_en,
  output cs_en,
  output sclk_en,
  output miso_en,
  output mosi_en
);
  assign lt_sel_en = 1; // Input
  assign mp_en     = 0; // Output
  assign ap_en     = 0; // Output
  assign cs_en     = 1; // Input
  assign sclk_en   = 1; // Input
  assign miso_en   = 0; // Output
  assign mosi_en   = 1; // Input
  assign clk_en    = 1; // Input
  assign reset_en  = 1; // Input

  grp_17_tapeout_SPI_TapeOutBlockVRTL_sv2v
  #(
  ) v
  (
    .adapter_parity( adapter_parity ),
    .clk( clk ),
    .loopthrough_sel( loopthrough_sel ),
    .minion_parity( minion_parity ),
    .reset( reset ),
    .spi_min_cs( spi_min_cs ),
    .spi_min_miso( spi_min_miso ),
    .spi_min_mosi( spi_min_mosi ),
    .spi_min_sclk( spi_min_sclk )
  );
endmodule